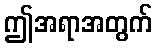
ဤအရာအတွက်